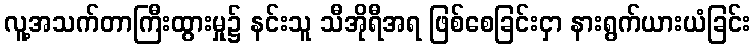
လူ့အသက်တာကြီးထွားမှု၌ နင်းသူ သီအိုရီအရ ဖြစ်စေခြင်းငှာ နားရွက်ယားယံခြင်း